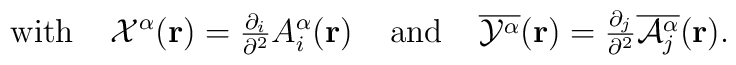
\mbox{with}\;\;\;\;{\cal{X}}^\alpha({\bf{r}}) ={\textstyle\frac{\partial_i}{\partial^2}}A_i^\alpha({\bf{r}})\;\;\;\;\mbox{and}\;\;\;\;\overline{{\cal Y}^{\alpha}}({\bf r})={\textstyle \frac{\partial_{j}}{\partial^{2}}\overline{{\cal A}_{j}^{\alpha}}({\bf r})}.